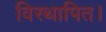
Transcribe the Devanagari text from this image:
विस्थापित।